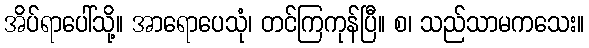
အိပ်ရာပေါ်သို့။ အာရောပေသုံ၊ တင်ကြကုန်ပြီ။ စ၊ သည်သာမကသေး။